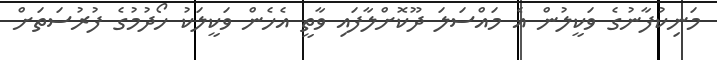
މަނިކުފާނުގެ ވަކީލުން އެ މައްސަލަ ދޫކޮށްލާފައި ވާތީ އެހެން ވަކީލަކު ހޯދުމުގެ ފުރުސަތަށް